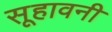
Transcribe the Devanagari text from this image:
सूहावनी